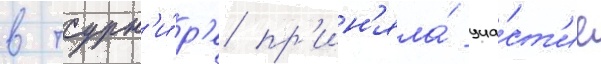
в турн'и́р'е пр'ин'яла́ уча́ст'ие